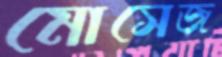
মোসেজ